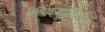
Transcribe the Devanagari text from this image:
तंत्रिकागुच्छिका